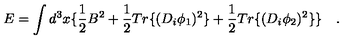
E = \int d ^ { 3 } x \{ \frac { 1 } { 2 } B ^ { 2 } + \frac { 1 } { 2 } T r \{ ( D _ { i } \phi _ { 1 } ) ^ { 2 } \} + \frac { 1 } { 2 } T r \{ ( D _ { i } \phi _ { 2 } ) ^ { 2 } \} \} \quad .